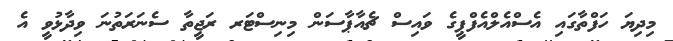
މިިދިޔަ ހަފްތާގައި އެސްއެލްއެފްޕީގެ ވައިސް ޗެއާޕާސަން މިނިސްޓަރ ރަޖީތާ ސެނަރަތުނަ ވިދާޅުވީ އެ